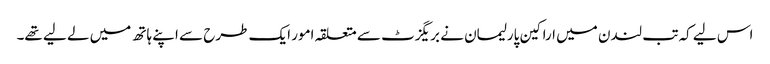
اس لیے کہ تب لندن میں اراکین پارلیمان نے بریگزٹ سے متعلقہ امور ایک طرح سے اپنے ہاتھ میں لے لیے تھے۔